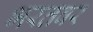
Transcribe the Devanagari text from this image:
भरतवर